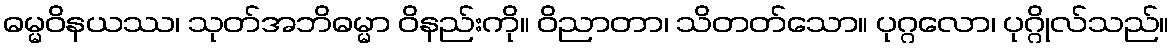
ဓမ္မဝိနယဿ၊ သုတ်အဘိဓမ္မာ ဝိနည်းကို။ ဝိညာတာ၊ သိတတ်သော။ ပုဂ္ဂလော၊ ပုဂ္ဂိုလ်သည်။